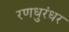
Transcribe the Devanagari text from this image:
रणधुरंधर